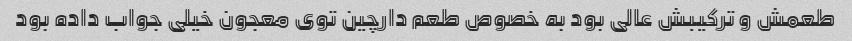
طعمش و ترکیبش عالی بود به خصوص طعم دارچین توی معجون خیلی جواب داده بود